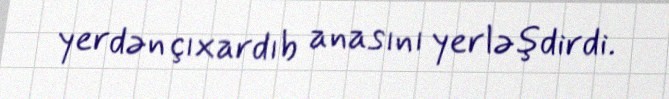
yerdən çıxardıb anasını yerləşdirdi.